Civil Veterinary Dept. Bombay admin report 1932-41 - 1932-1941
Year: 1932
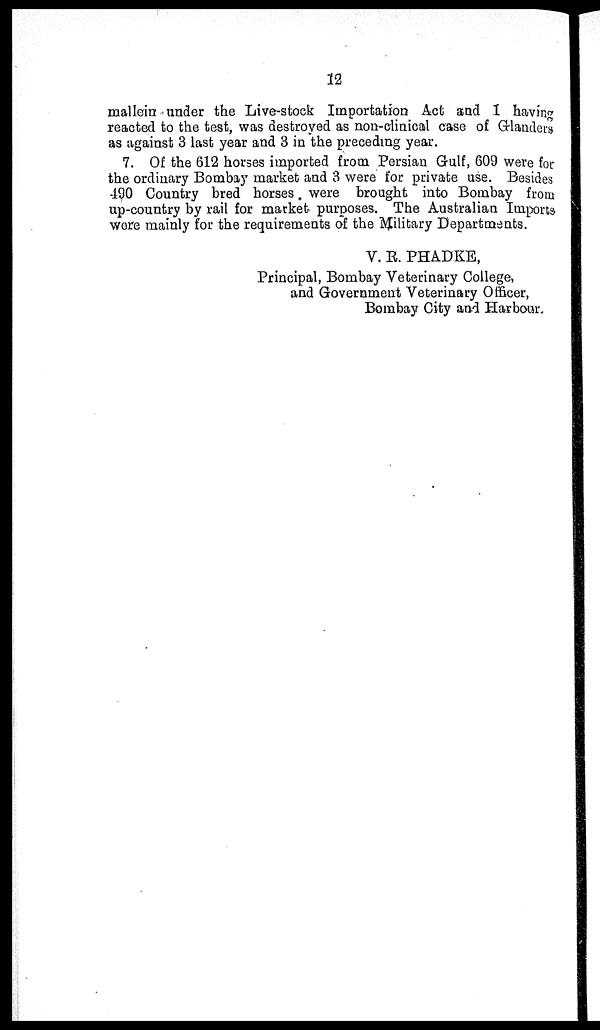
12
mallein under the Live-stock Importation Act and I having
reacted to the test, was destroyed as non-clinical case of Glanders
as against 3 last year and 3 in the preceding year.
7. Of the 612 horses imported from Persian Gulf, 609 were for
the ordinary Bombay market and 3 were for private use. Besides
490 Country bred horses were brought into Bombay from
up-country by rail for market purposes. The Australian Imports
were mainly for the requirements of the Military Departments.
V. R. PHADKE,
Principal, Bombay Veterinary College,
and Government Veterinary Officer,
Bombay City and Harbour.